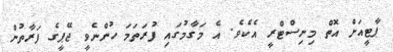
ޕާޓީއަށް އޮތް މިނިސްޓްރީ އެކެވެ. އެ މަގާމުގައި ފުރަތަމަ ހުންނެވީ ޖޭޕީގެ ފަރާތުން